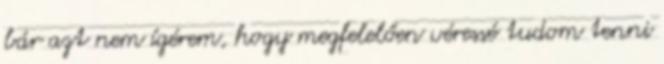
bár azt nem ígérem, hogy megfelelően véressé tudom tenni